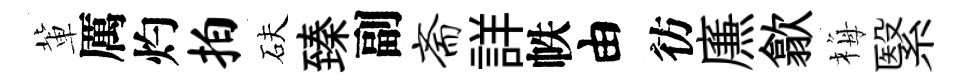
軰厲灼拍砆臻副斋詳帙由彷㢘歙梅繄